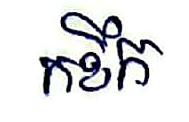
កខឹក